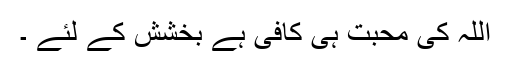
اللہ کی محبت ہی کافی ہے بخشش کے لئے ۔